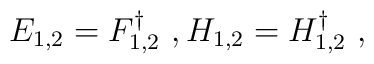
E_{1,2}=F_{1,2}^\dagger\ ,H_{1,2}=H_{1,2}^\dagger\ ,